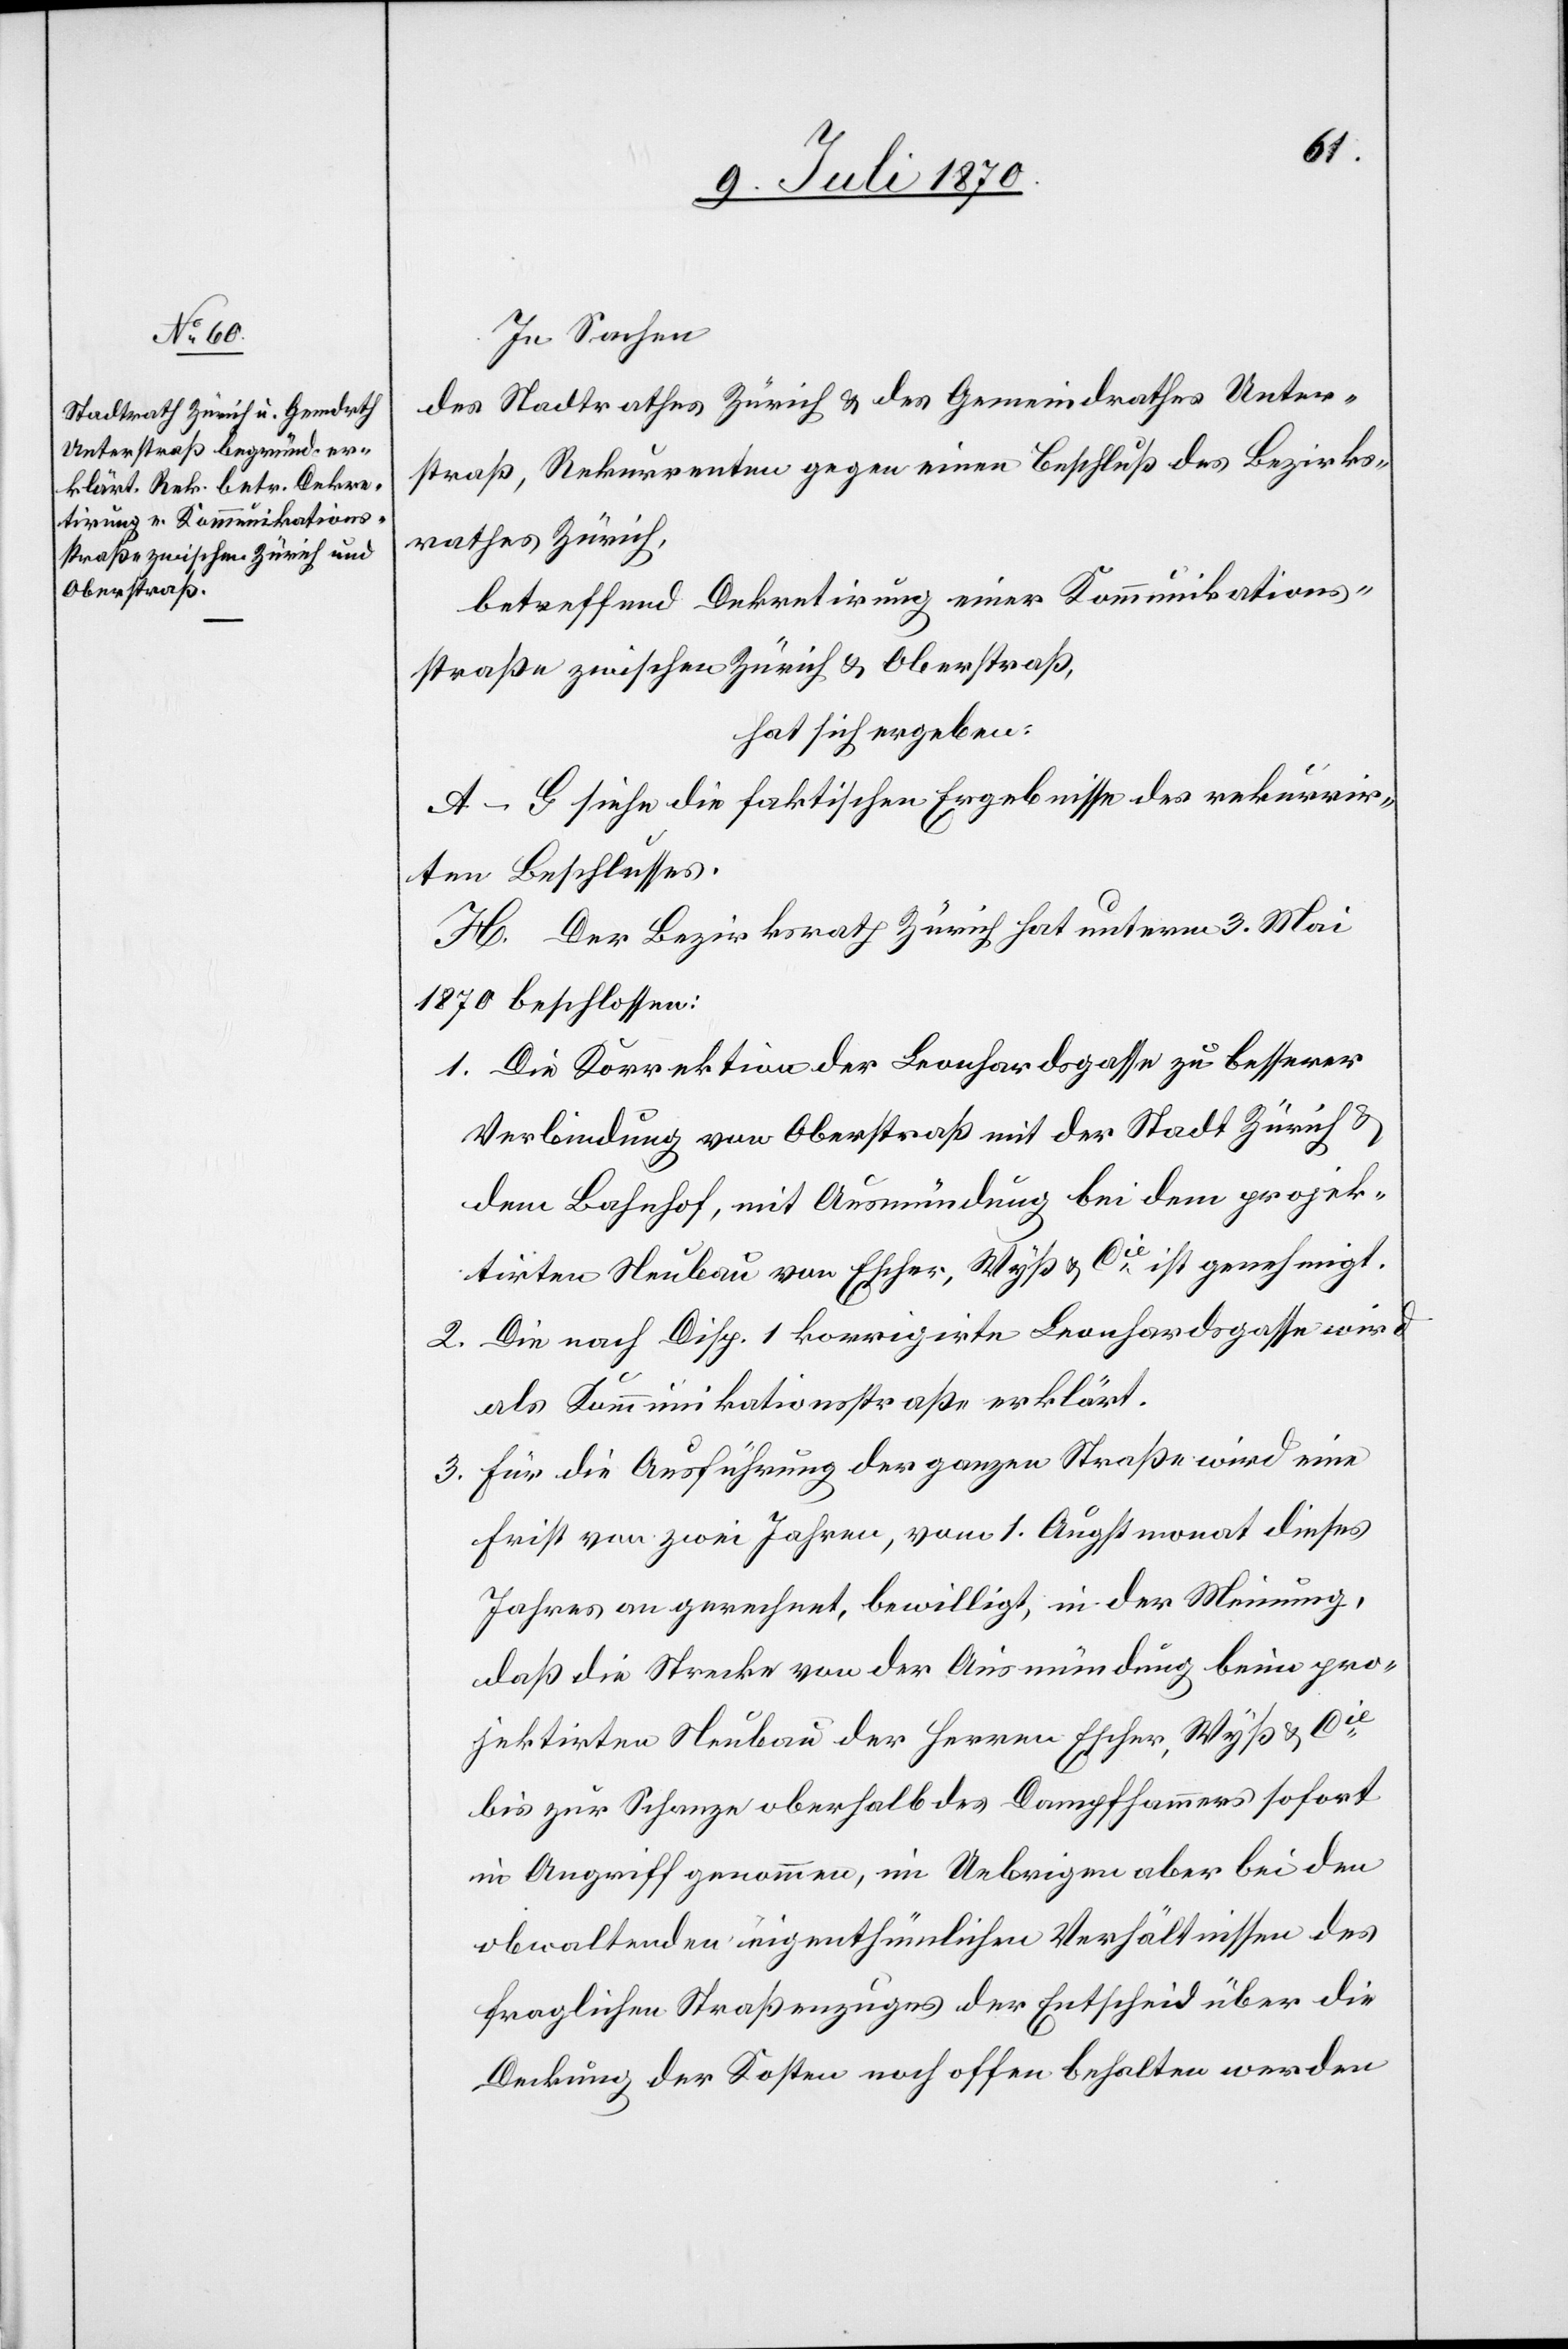
In Sachen
des Stadtrathes Zürich & des Gemeindrathes Unter¬
straß, Rekurrenten gegen einen Beschluß des Bezirks¬
rathes Zürich,
betreffend Dekretirung einer Kommunikations¬
straße zwischen Zürich & Oberstraß,
hat sich ergeben:
A.–G. siehe die faktischen Ergebnisse des rekurrir¬
ten Beschlusses.
H. Der Bezirksrath Zürich hat unterm 3. Mai
1870 beschlossen:
1. Die Korrektion der Leonhardsgasse zu besserer
Verbindung von Oberstraß mit der Stadt Zürich &
dem Bahnhof, mit der Ausmündung bei dem projek¬
tirten Neubau von Escher, Wyß & Cie ist genehmigt.
2. Die nach Disp. 1 korrigirte Leonhardsgasse wird
als Kommunikationsstraße erklärt.
3. Für die Ausführung der ganzen Straße wird eine
Frist von zwei Jahren, vom 1. August dieses
Jahres an gerechnet, bewilligt, in der Meinung,
daß die Strecke von der Ausmündung beim pro¬
jektirten Neubau der Herren Escher, Wyß & Cie
bis zur Schanze oberhalb des Dampfhammers sofort
in Angriff genommen, im Uebrigen aber bei den
obwaltenden eigenthümlichen Verhältnissen des
fraglichen Straßenzuges der Entscheid über die
Deckung der Kosten noch offen behalten werden